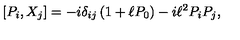
[ P _ { i } , { X } _ { j } ] = - i \delta _ { i j } \left( 1 + \ell P _ { 0 } \right) - i \ell ^ { 2 } P _ { i } P _ { j } ,